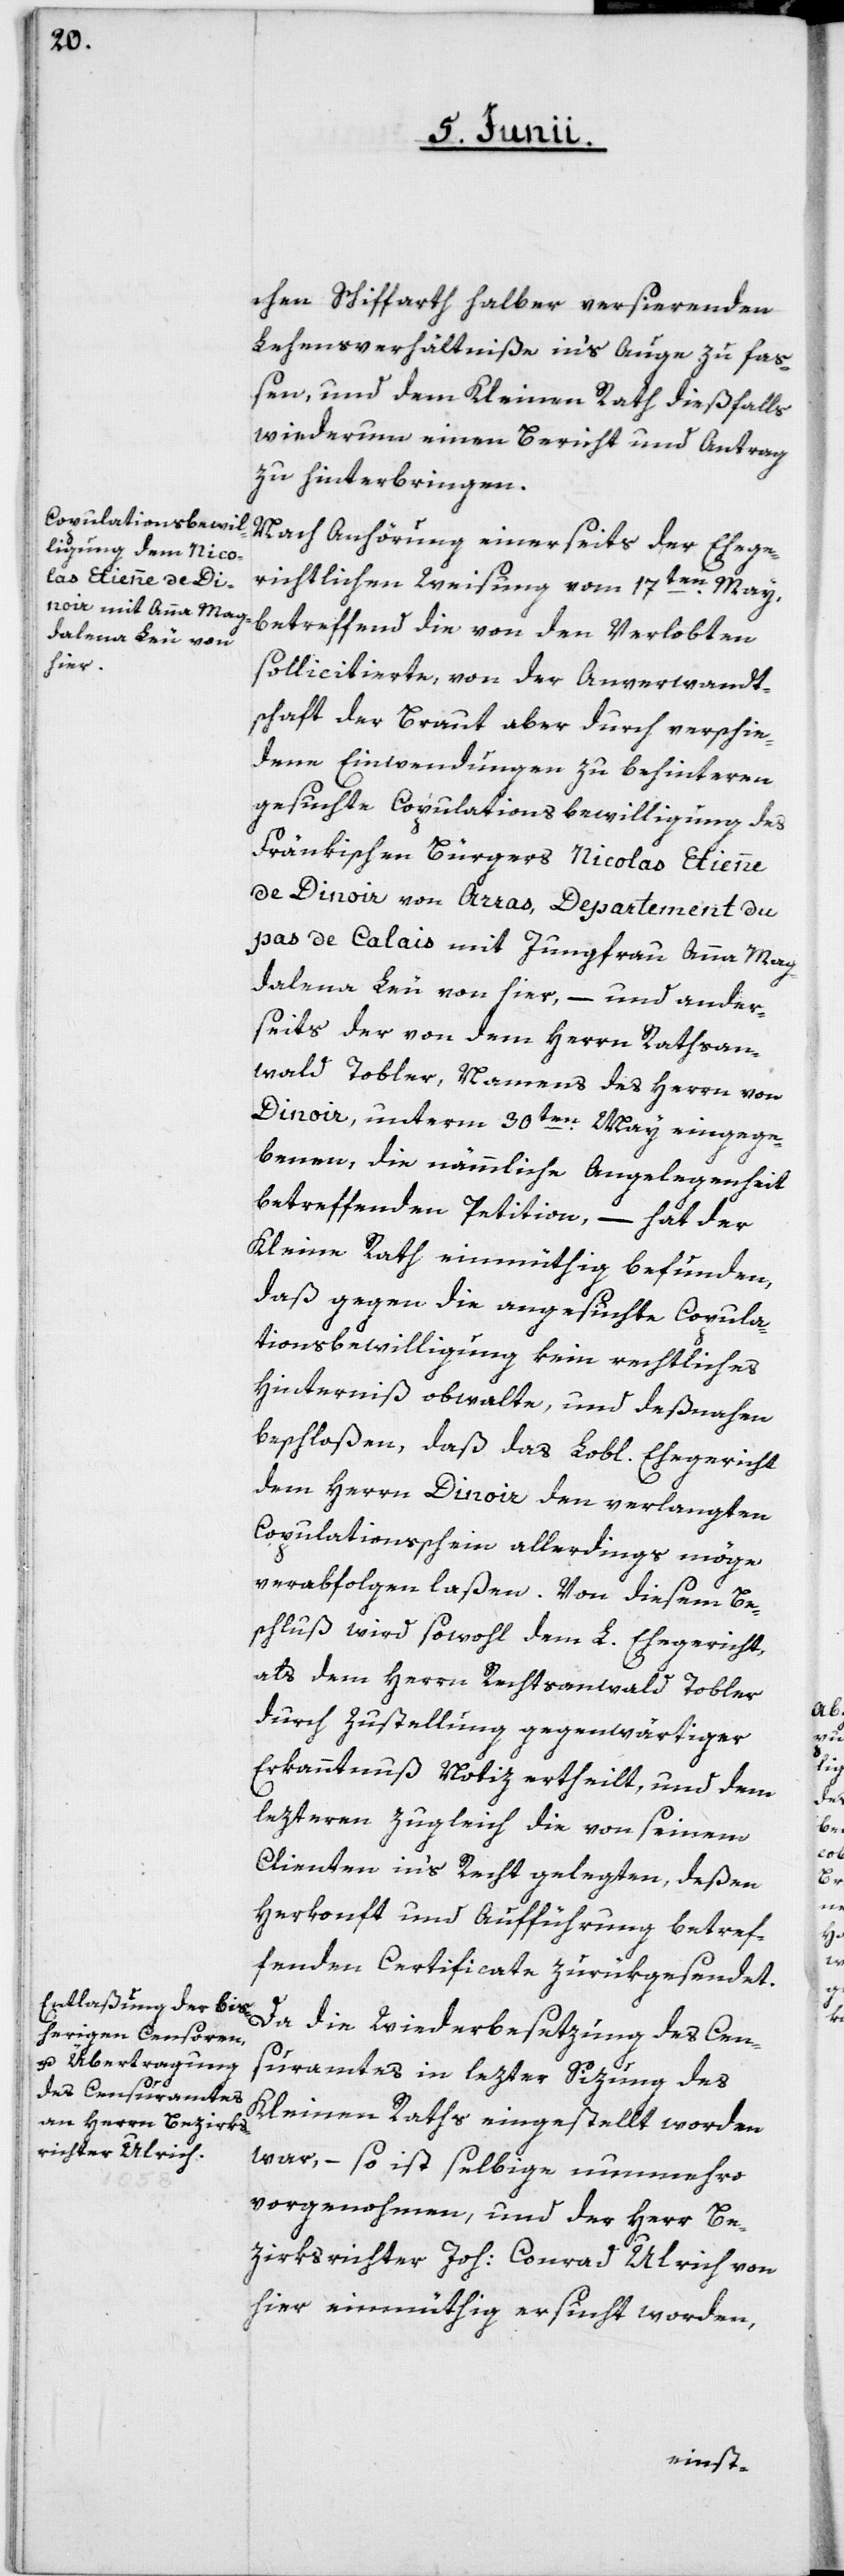
chen Schiffarth halber versierenden
Lehensverhältniße in’s Auge zu faß¬
en, und dem Kleinen Rath dießfalls
wiederum einen Bericht und Antrag
zu hinterbringen.
Nach Anhörung einerseits der Ehege¬
richtlichen Weisung vom 17ten May,
betreffend die von den Verlobten
sollicitierte, von der Anverwandt¬
schaft der Braut aber durch verschie¬
dene Einwendungen zu behinteren
gesuchte Copulationsbewilligung des
Fränkischen Bürgers Nicolas Etienne
de Dinoir von Arras, Departement du
pas de Calais, mit Jungfrau Anna Mag¬
dalena Leu von hier, – und ander¬
seits der von dem Herrn Ratsan¬
walt Tobler, namens des Herrn von
Dinoir, unterm 30ten May eingegan¬
genen, die nämmliche Angelegenheit
betreffenden Petition, – hat der
Kleine Rath einmüthig befunden,
daß gegen die angesuchte Copula¬
tionsbewilligung kein rechtliches
Hinterniß obwalte, und deßnahen
beschloßen, daß das Lobl. Ehegericht
dem Herrn Dinoir den verlangten
Copulationsschein allerdings möge
verabfolgen laßen. Von diesem Be¬
schluß wird sowohl dem L. Ehegericht
als dem Herrn Rechtsanwalt Tobler
durch Zustellung gegenwärtiger
Erkanntnuß Notiz ertheilt, und dem
lezteren zugleich die von seinem
Clienten in’s Recht gelegten, deßen
Herkonft und Aufführung betref¬
fenden Certificate zurükgesendet.
Da die Wiederbesetzung des Cen¬
suramtes in lezter Sizung des
Kleinen Raths eingestellt worden
war, – so ist selbige nunmehro
vorgenommen, und der Herr Be¬
zirksrichter Joh: Conrad Ulrich von
hier einmüthig ersucht worden,